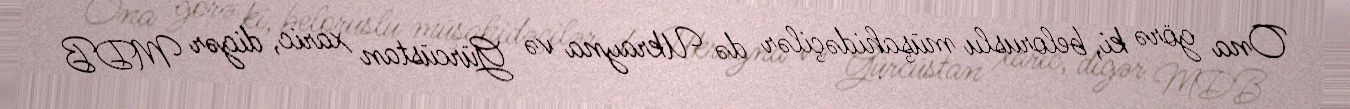
Ona görə ki, beloruslu müşahidəçilər də Ukrayna və Gürcüstan xaric, digər MDB